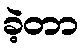
ခဲ့တာ